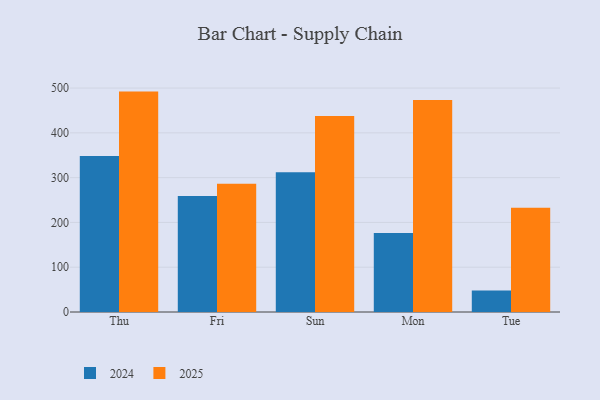
{"axis": {"x": "Day", "y": "Gross Profit (USD K)"}, "legend": ["2024", "2025"], "data": [{"x": "Thu", "y": 492.1, "type": "2025"}, {"x": "Thu", "y": 348.1, "type": "2024"}, {"x": "Fri", "y": 286.3, "type": "2025"}, {"x": "Fri", "y": 259.2, "type": "2024"}, {"x": "Sun", "y": 437.4, "type": "2025"}, {"x": "Sun", "y": 312.0, "type": "2024"}, {"x": "Mon", "y": 473.4, "type": "2025"}, {"x": "Mon", "y": 176.3, "type": "2024"}, {"x": "Tue", "y": 232.7, "type": "2025"}, {"x": "Tue", "y": 47.9, "type": "2024"}]}